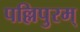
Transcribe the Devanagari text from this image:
पल्लिपुरम्